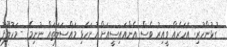
ގުޅުންހުރި: އަހަރެއް ވީއިރު ވެސް އެންއައިސީއަށް ހުށަހެޅި މައްސަލަތައް ނުނިމޭ - މަހުލޫފު